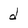
Character: d